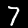
Digit: 7